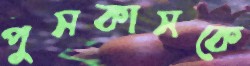
পুসকাসকে